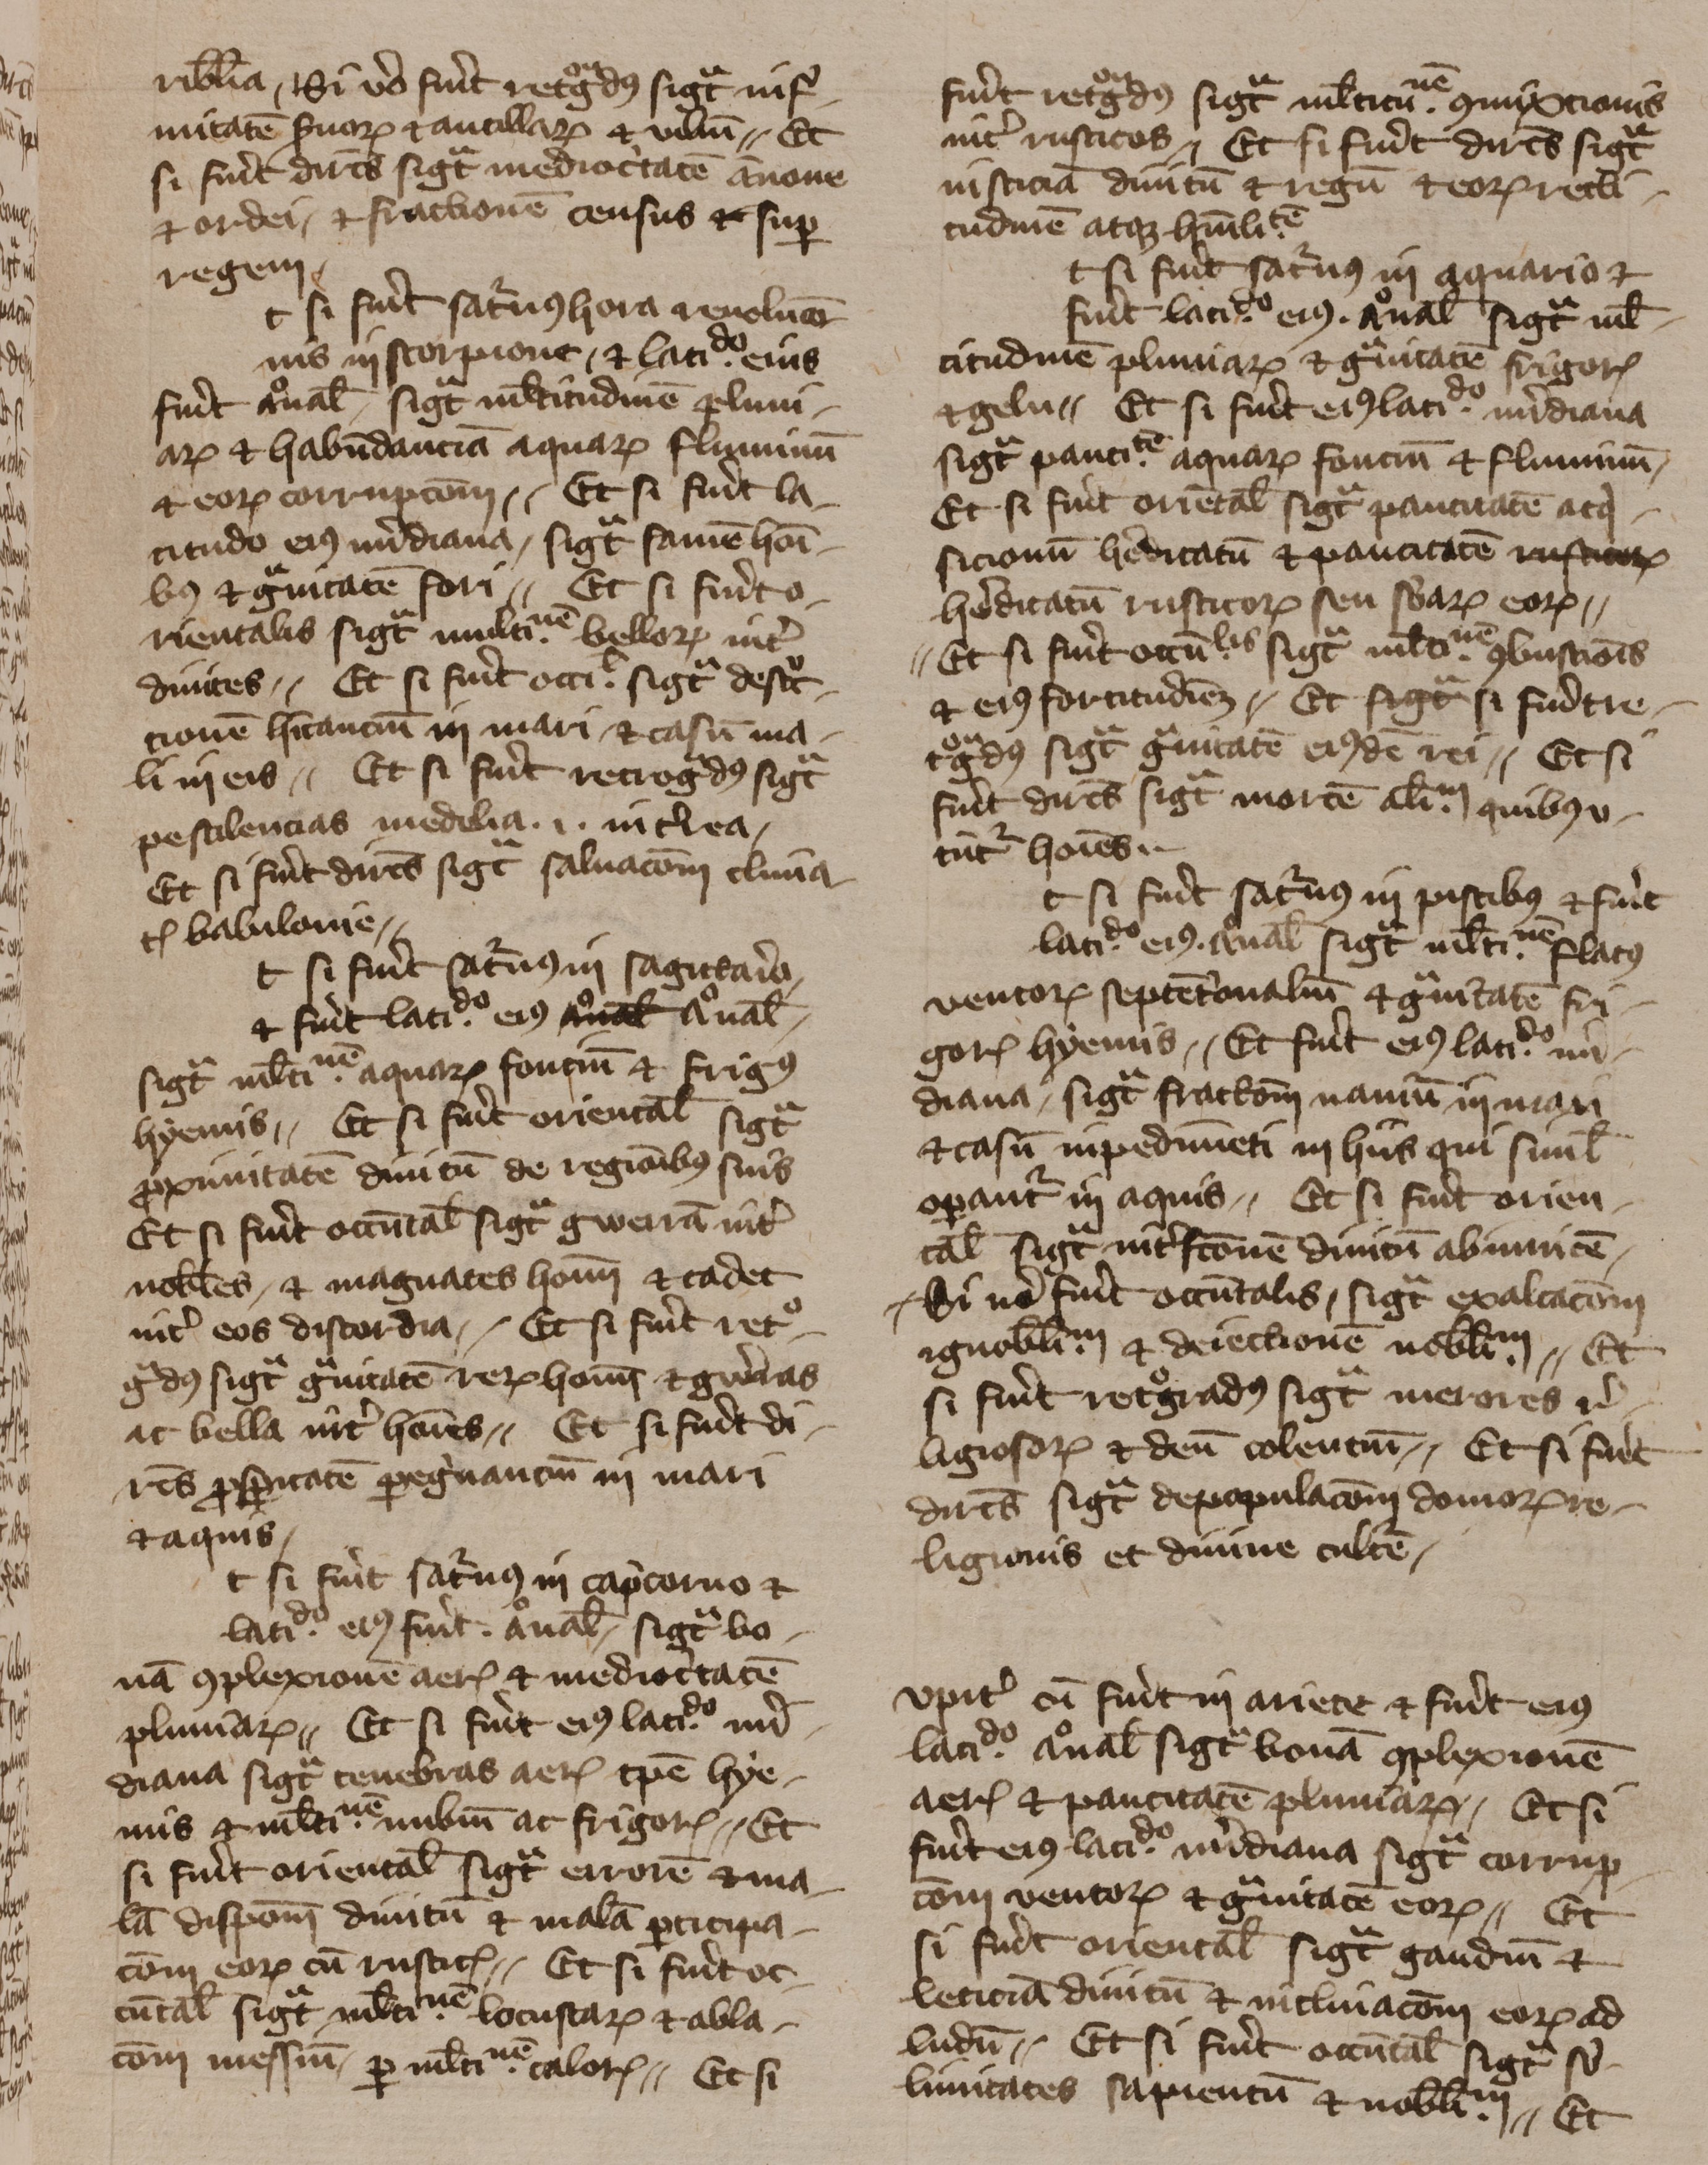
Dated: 1350–1424